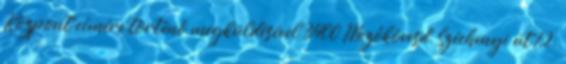
Központ címére történő megküldésével 3400 Mezőkövesd, Széchenyi út 12.